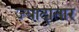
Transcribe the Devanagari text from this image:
ज्‍यादातार